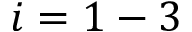
i = 1 - 3